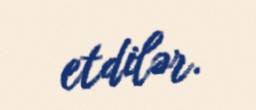
etdilər.